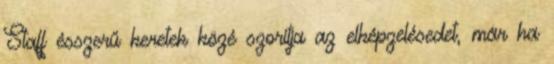
Staff ésszerű keretek közé szorítja az elképzelésedet, már ha